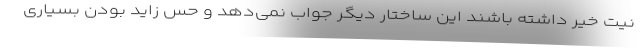
نیت خیر داشته باشند این ساختار دیگر جواب نمی‌دهد و حس زاید بودن بسیاری